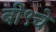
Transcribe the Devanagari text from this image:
बी९चे